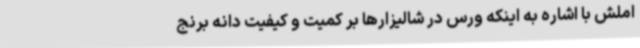
املش با اشاره به اینکه ورس در شالیزارها بر کمیت و کیفیت دانه برنج